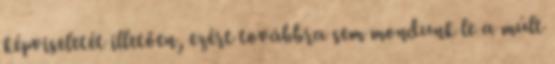
képviseletét illetően, ezért továbbra sem mondunk le a múlt